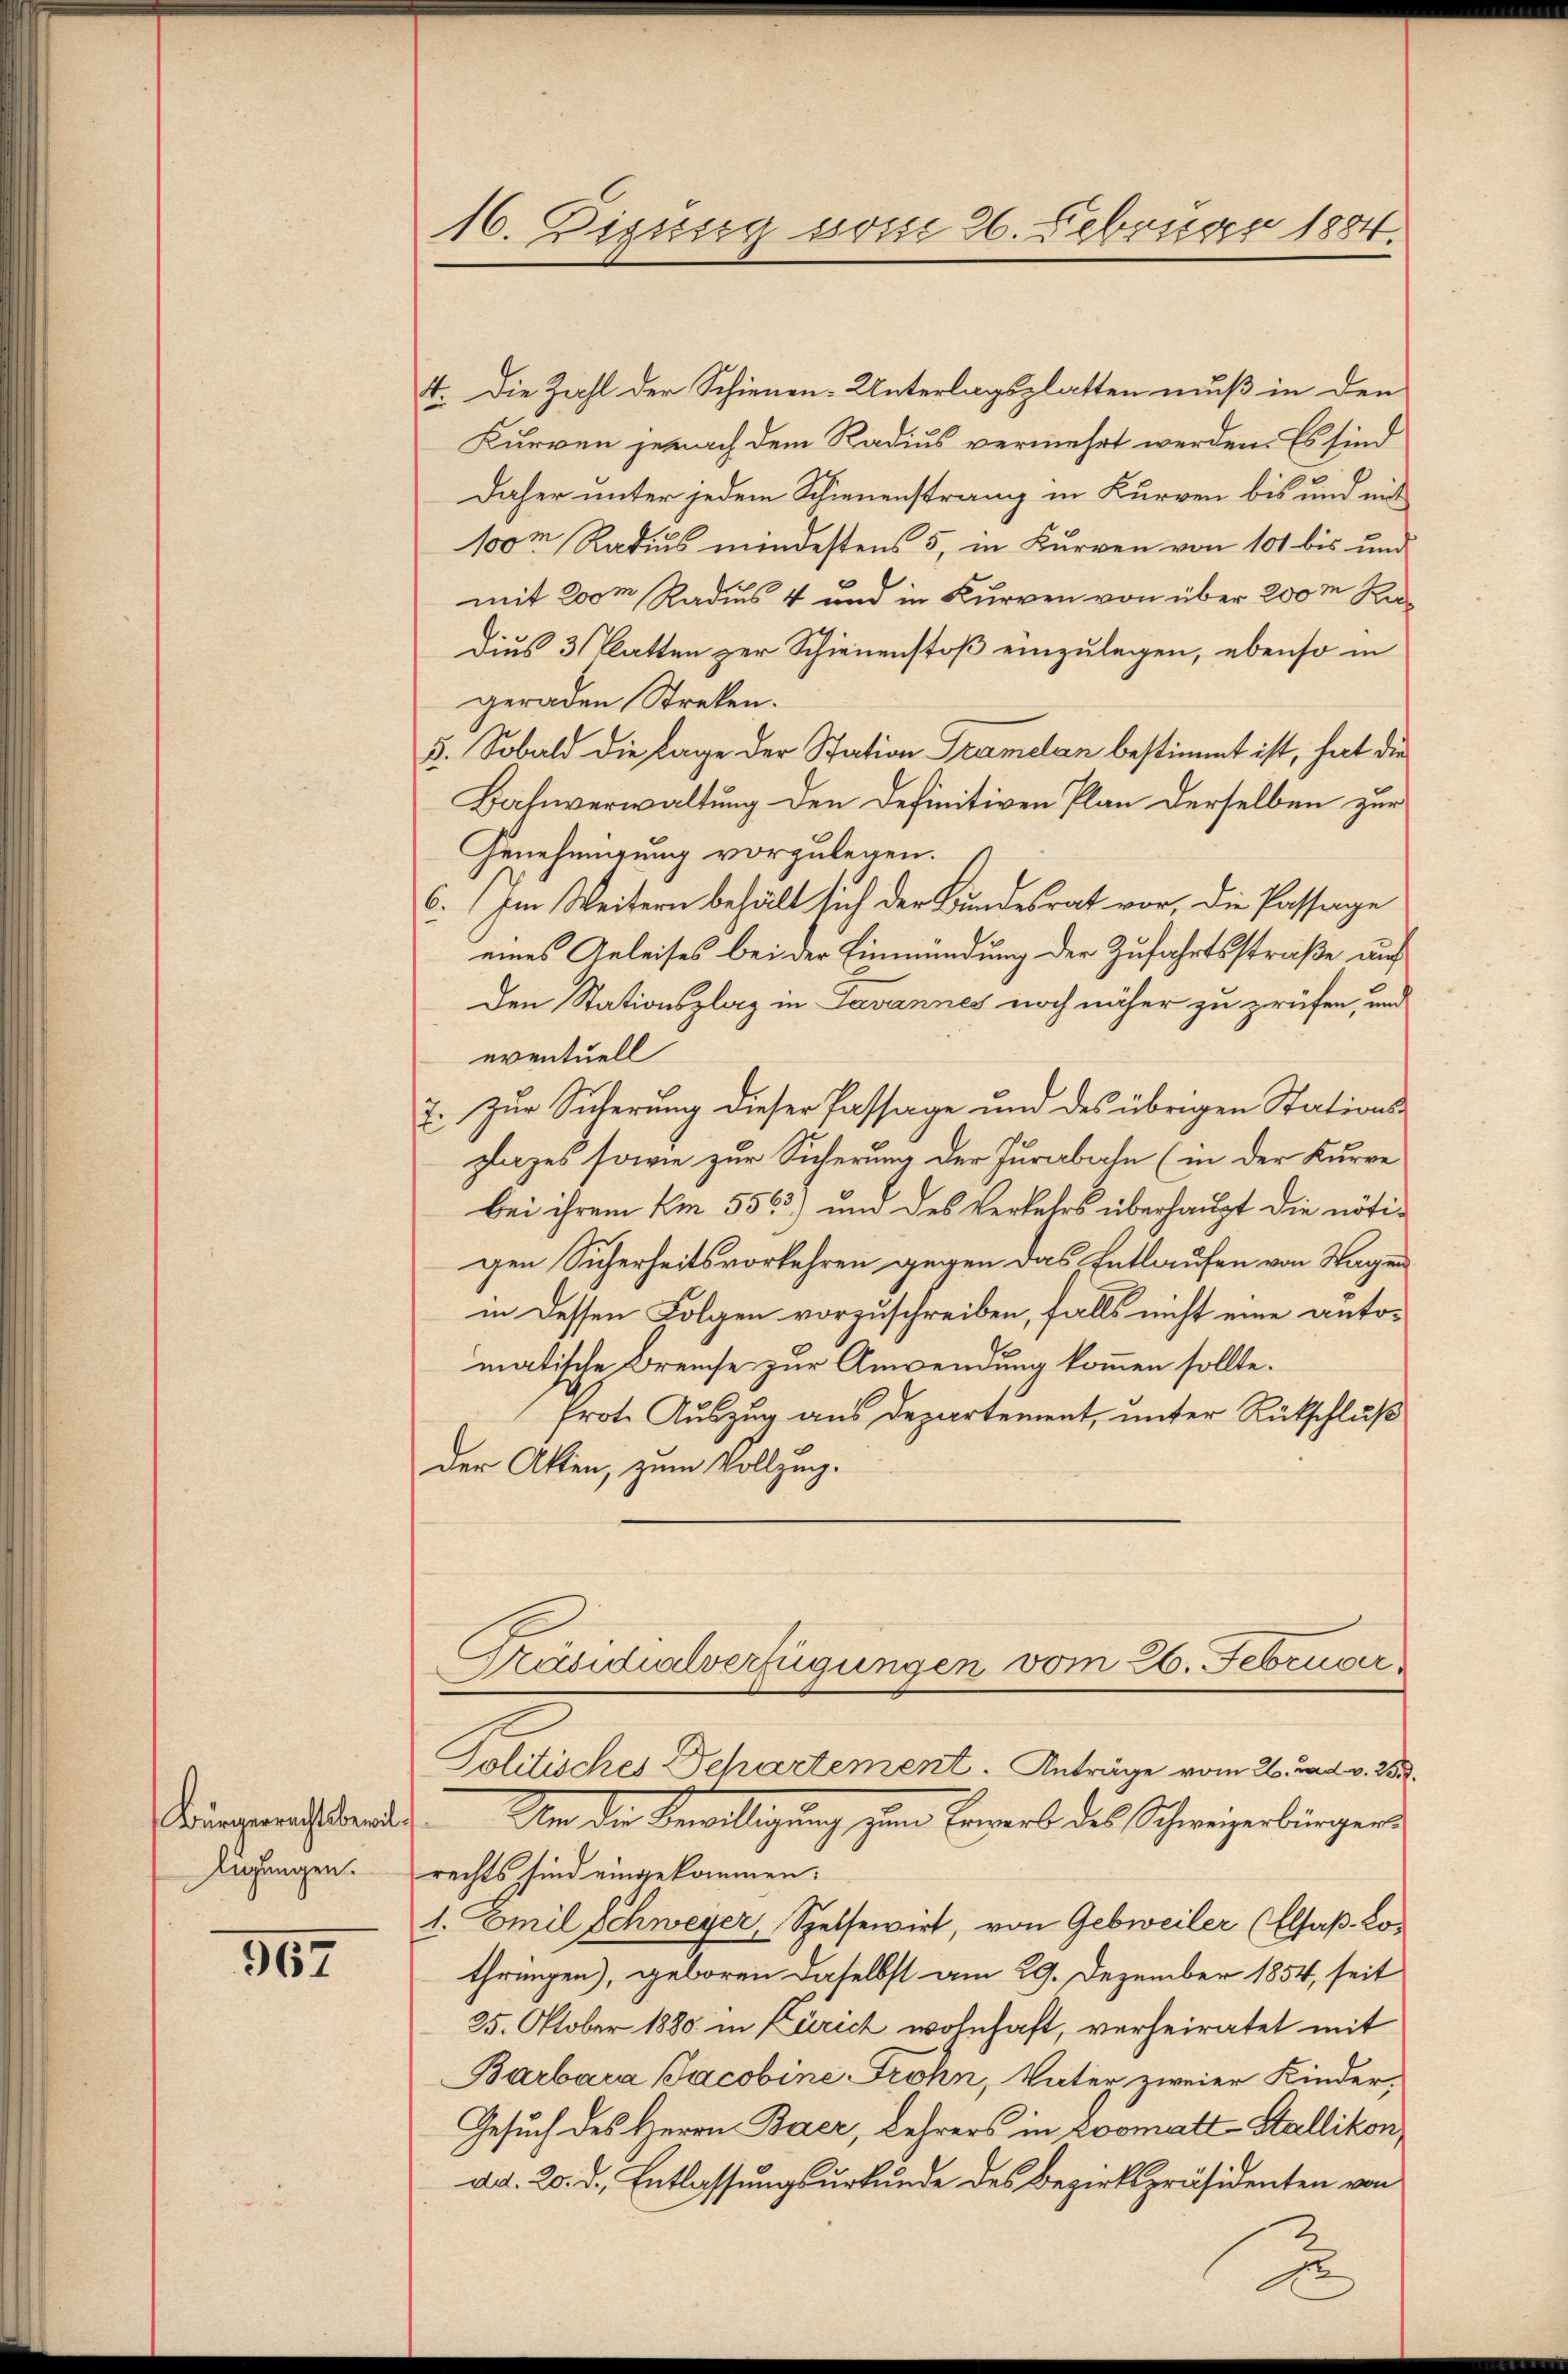
Bürgerrechtsbewil¬
Aufungen.

567

16. Dissig vom 26. Februar 1884.

4. Die Zahl der Schienen-Unterlagsplatten muß in den
Kurren jenach dem Radius vermehrt werden. Es sind
Daher unter jedem Schienenstrang in Kurven bis und mit
100m Radius mindestens 5, in Kurven von 101 bis und
mit 200m Radius 4 und in Kurven von über 200m Ka¬
Dius 3 Blatten zur Schienenstoß einzulegen, ebenso in
geraden Streken.
5. Sobald die Lage der Station Tramelan bestimmt ist, hat die
Bahnverwaltung den Definitiven Plan derselben zur
Genehmigung vorzulegen.
6. Im Weitern behält sich der Bundesrat vor, die Passage
eines Geleises bei der Einmündung der Zufahrtsstraße auf
Den Stationsplaz in Tavannes noch näher zu prüfen, und
eventuell
7. Zur Sicherung dieser Passage und des übrigen Stations-
zlages sowie zur Sicherung der Juribahn (in der Kurre
bei ihrem Am 5563) und des Verkehrs überhaupt die nötigen Sicherheitsvorkehren gegen das Entlaufen von Tagen
in dessen Folgen vorzuschreiben, falls nicht eine antomatische Breuche zur Anwendung kommen sollte.
frote Auszug aus Departement, unter Rückschluß
der Akten, zum Vollzug.
Präsidialverfügungen vom 26. Februar

Politisches Departement. Anträge vom 26. und v. 255.

Von der Bewilligung zum Eigens des Schweizerbürgen
rechts sind eingekommen.
1. Emil Schweyer, Speisewirt, von Gebweiler (Elsaß-Lothrungen), geboren daselbst am 29. Dezember 1854, seit
25. Oktober 1880 in Zürich wohnhaft, verheiratet mit
Barbara Jacobine Frohn, Vater zweier Kinder,
Gesuch des Herrn Baer, Lehrers in Roomatt-Stallikon,
dd. 20. d. Entlassungsurkunde des Bezirkspräsidenten von

2